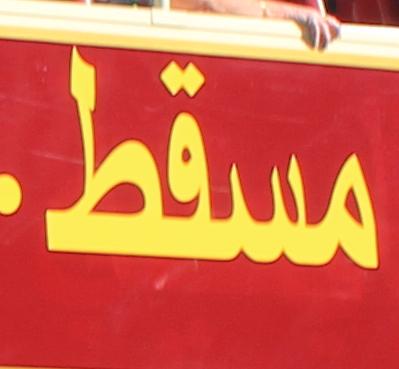
مسقط